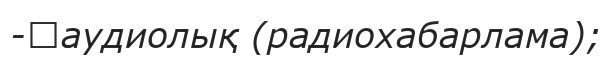
-	аудиолық (радиохабарлама);